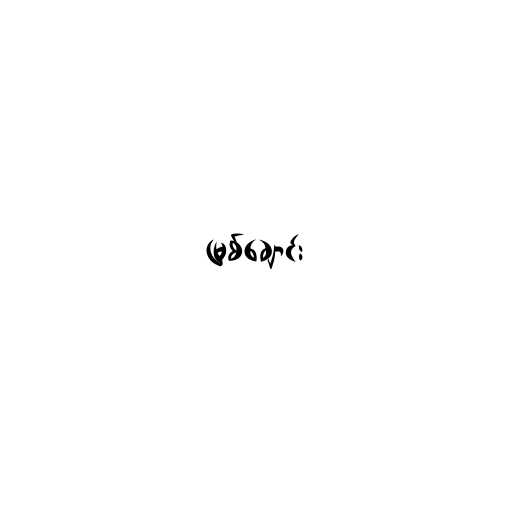
မြစ်ချောင်း